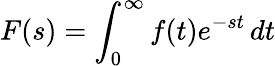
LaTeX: F(s)=\int_{0}^{\infty}f(t)e^{-st}\, dt